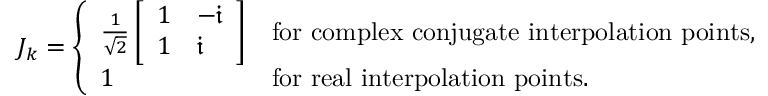
J _ { k } = \left\{ \begin{array} { l l } { \frac { 1 } { \sqrt { 2 } } \left[ \begin{array} { l l } { 1 } & { - \ensuremath { \mathfrak { i } } } \\ { 1 } & { \ensuremath { \mathfrak { i } } } \end{array} \right] } & { \mathrm { f o r ~ c o m p l e x ~ c o n j u g a t e ~ i n t e r p o l a t i o n ~ p o i n t s , } } \\ { 1 } & { \mathrm { f o r ~ r e a l ~ i n t e r p o l a t i o n ~ p o i n t s . } } \end{array} \right.